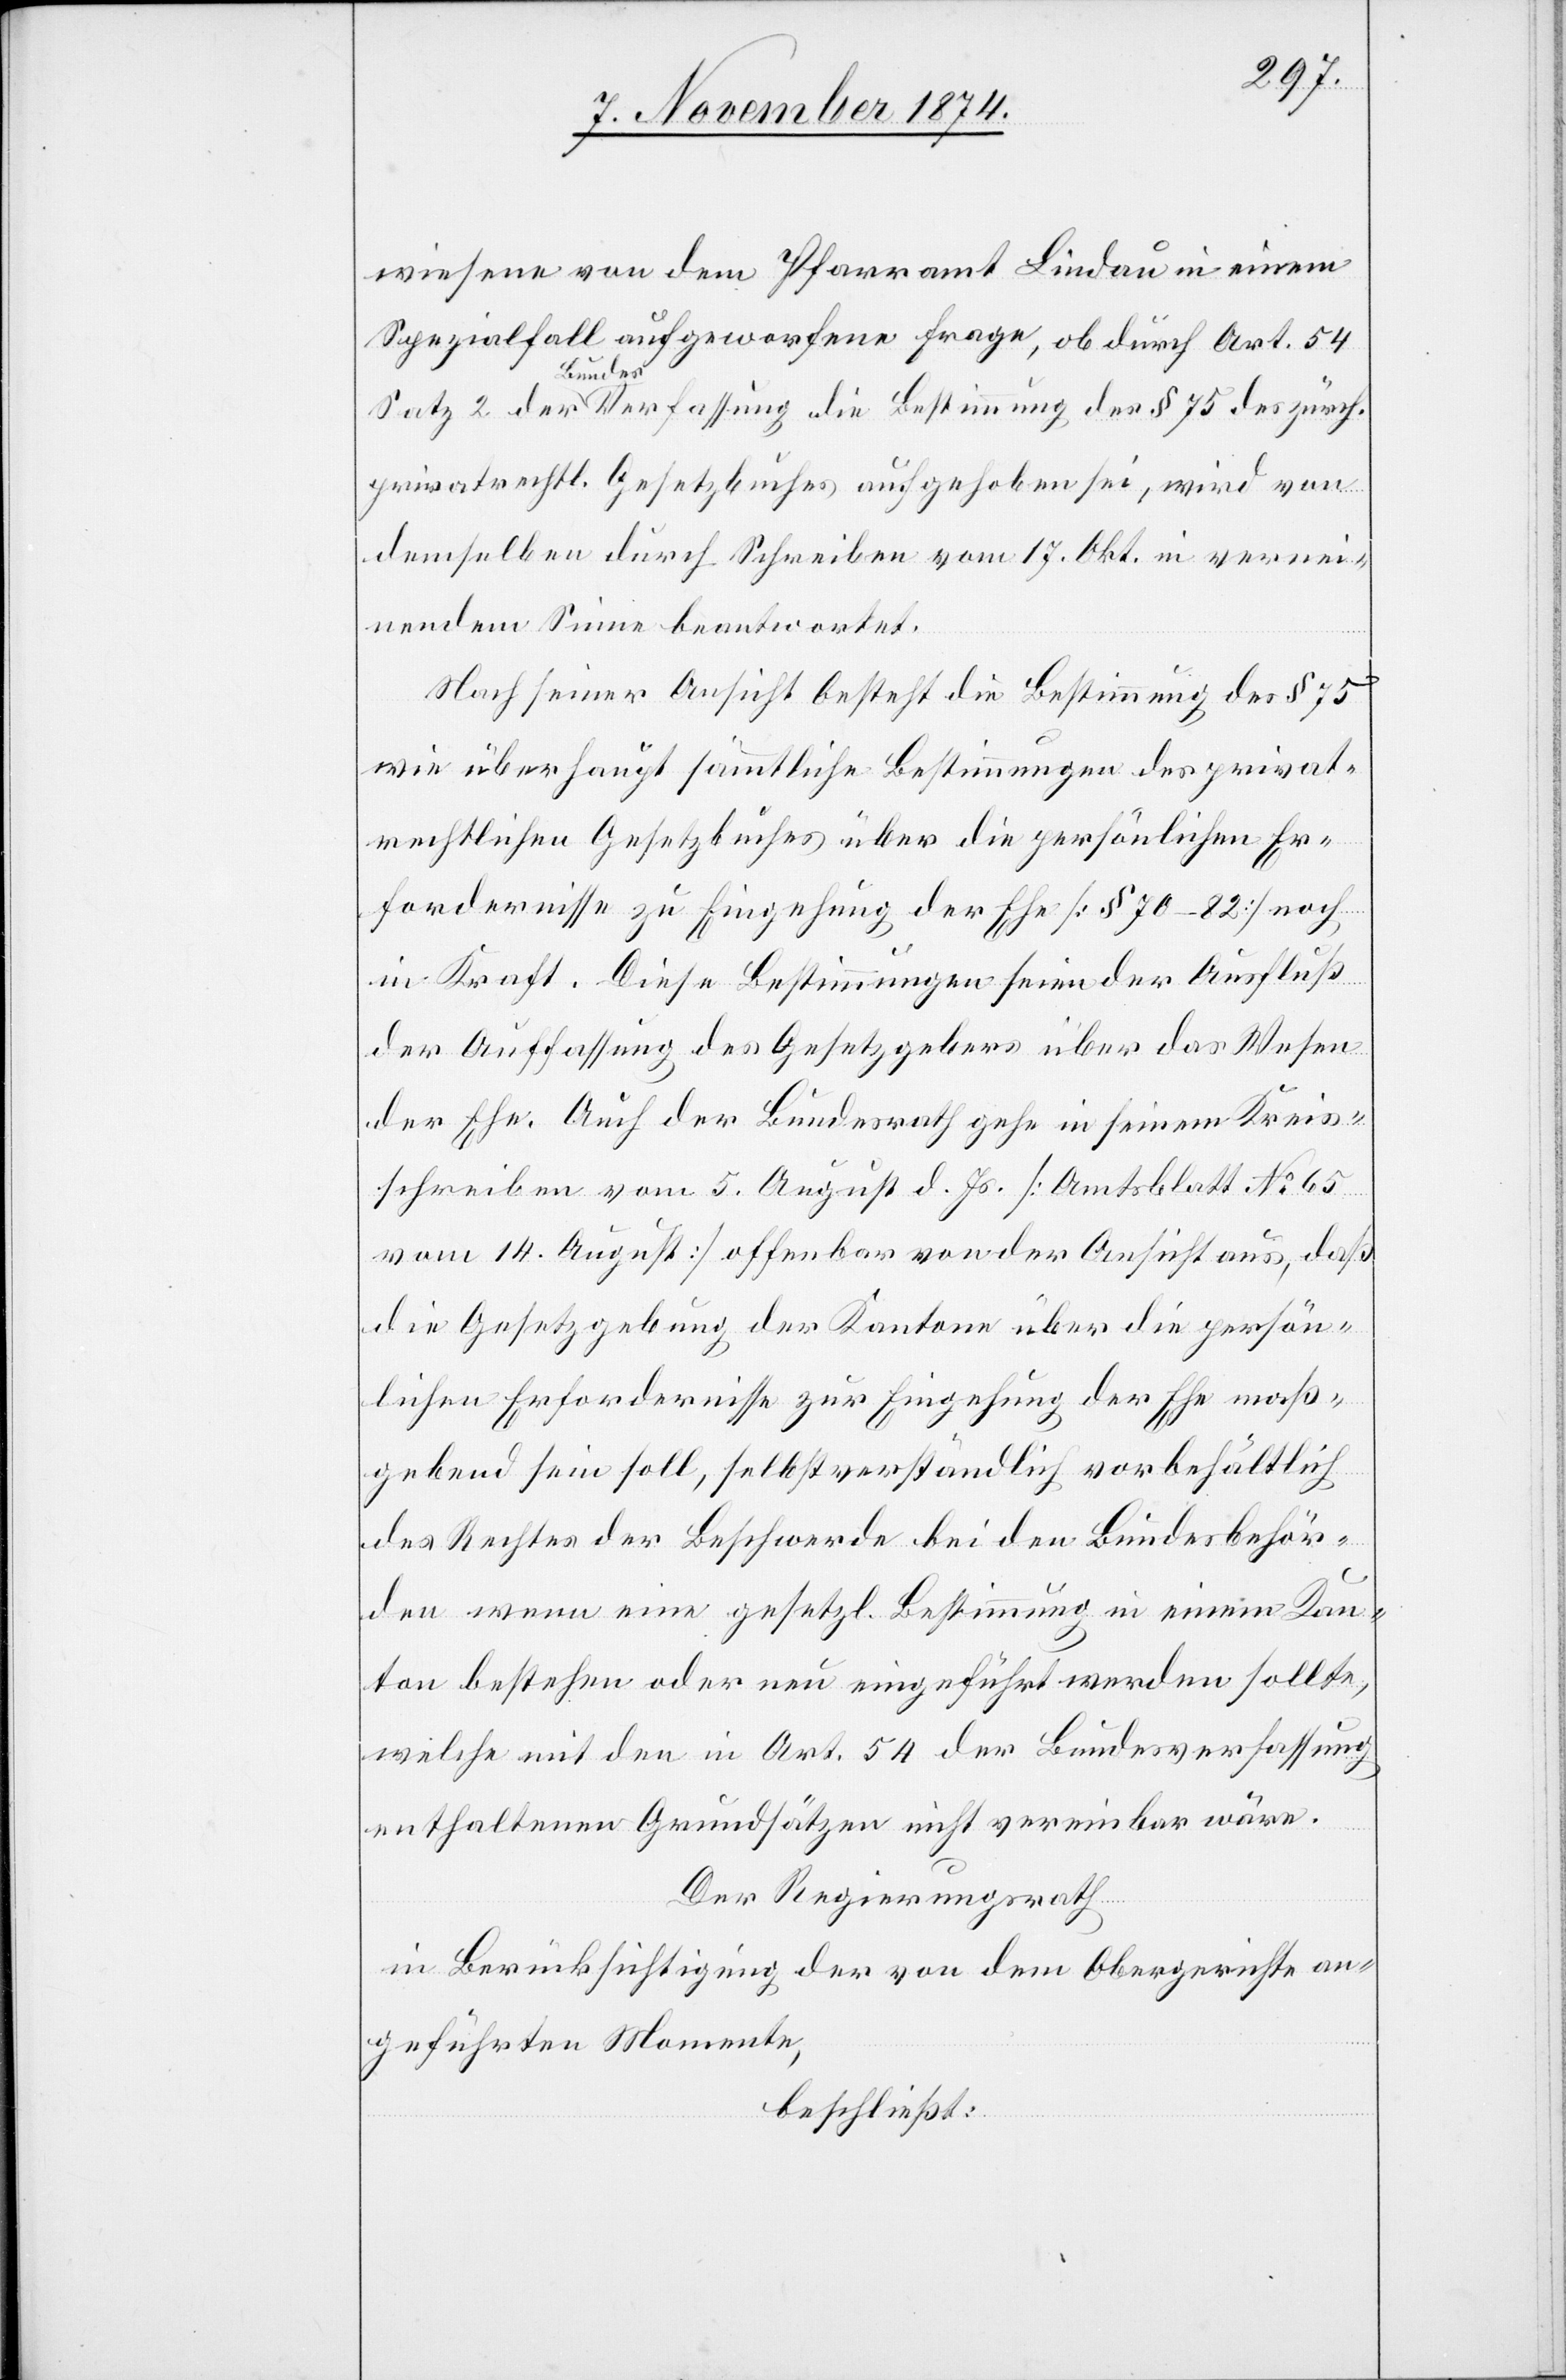
wiesen von dem Pfarramt Lindau in einem
Spezialfall aufgeworfene Frage, ob durch Art. 54
Satz 2 der Bundesverfassung die Bestimmung der § 75 des zürch.
privatrechtl. Gesetzbuches aufgehoben sei, wird von
demselben durch Schreiben vom 17. Okt. in vernei¬
nendem Sinne beantwortet.
Nach seiner Ansicht besteht die Bestimmung des § 75
wie überhaupt sämmtliche Bestimmungen des privat¬
rechtlichen Gesetzbuches über die persönlichen Er¬
fordernisse zu Eingehung der Ehe [§ 70–82] noch
in Kraft. Diese Bestimmungen seien der Ausfluß
der Auffassung des Gesetzgebers über das Wesen
der Ehe. Auch der Bundesrath gehe in seinem Kreis¬
schreiben vom 5. August d. Js. [Amtsblatt No 65
vom 14. August] offenbar von der Ansicht aus, daß
die Gesetzgebung der Kantone über die persön¬
lichen Erfordernisse zur Eingehung der Ehe maß¬
gebend sein soll, selbstverständlich vorbehältlich
des Rechtes der Beschwerde bei den Bundesbehör¬
den wenn eine gesetzl. Bestimmung in einem Kan¬
ton bestehen oder neu eingeführt werden sollte,
welche mit den in Art. 54 der Bundesverfassung
enthaltenen Grundsätzen nicht vereinbar wäre.
Der Regierungsrath
in Berücksichtigung der von dem Obergerichte an¬
geführten Momente,
beschließt: